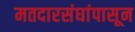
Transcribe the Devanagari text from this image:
मतदारसंघांपासून